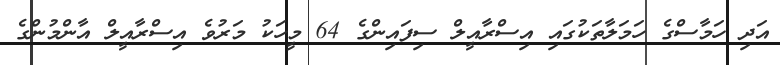
އަދި ހަމާސްގެ ހަމަލާތަކުގައި އިސްރާއީލް ސިފައިންގެ 64 މީހަކު މަރުވެ އިސްރާއީލް އާންމުންގެ